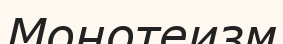
Монотеизм